Civil Veterinary Dept. North-West Frontier Province 1923-32 - 1923-1932
Year: 1923
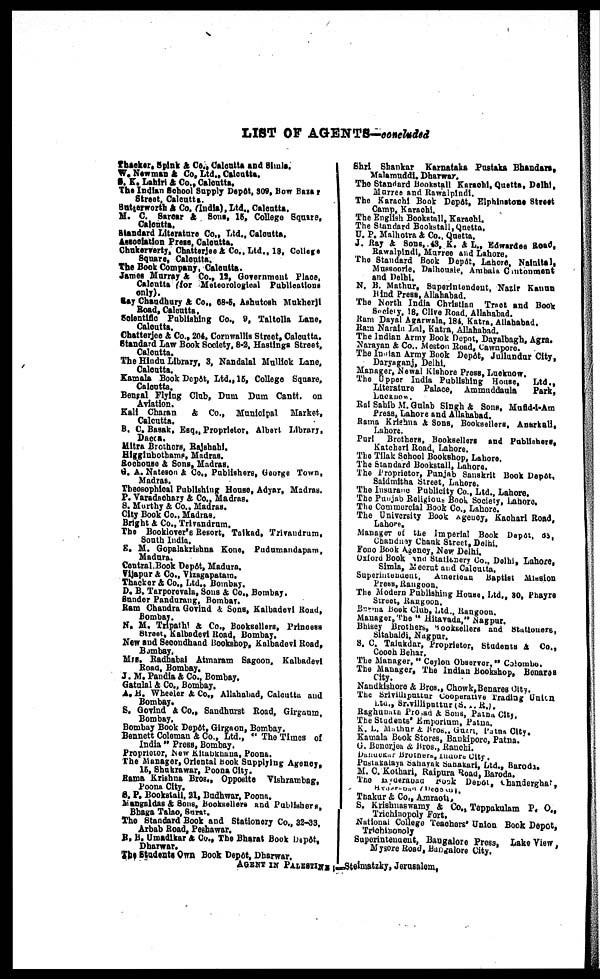
LIST OF AGENTS—concluded
Thacker, Spink & Co., Calcutta and Simla.
W. Newman & Co., Ltd., Calcutta.
S. K. Lahiri & Co., Calcutta.
The Indian School Supply Depôt, 309, Bow Barer
Street, Calcutta.
Sutterworth & Co. (India), Ltd., Calcutta.
M. C. Sarcar & Sons, 15, College Square,
Calcutta.
Standard Literature Co., Ltd., Calcutta.
Association Press, Calcutta.
Chakerverty, Chatterjee & Co., Ltd., 18, College
Square, Calcutta.
The Book Company, Calcutta.
James Murray & Co., 12, Government Place.
Calcutta (for Meteorological Publications
only).
Ray Chaudhary & Co., 68-5, Ashutosh Mukherji
Road, Calcutta.
Seientific Publishing Co., 9, Taitolla Lane,
Calcutta.
Chatterjee & Co., 204, Cornwallis Street, Calcutta.
Standard Law Book Society, 8-2, Hostings Street,
Calcutta.
The Hindu Library, 3, Nandalal Mullick Lane,
Calcutta.
Kamala Book Depôt, Ltd., 15, College Square,
Calcutta.
Bengal Flying Club, Dum Dum Cantt. on
Aviation.
Kali Charan & Co., Municipal Market,
Calcutta.
B. C. Basak. Esq., Proprietor. Albert Library.
Dacca.
Mitra Brothers, Rajshahi.
Higginbothams, Madras.
Rochouse & Sons, Madras.
G. A. Nateson & Co., Publishers, George Town,
Madras.
Theosophical Publishing House, Adyar, Madras.
P. Varadachary & Co., Madras.
S. Murthy & Co., Madras.
City Book Co., Madras.
Bright & Co., Trivandrum.
The Booklover's Resort, Taikad, Trivandrum,
South India.
E. M. Gopalakrishna Kone, Pudumandapam,
Madura.
Central Book Depôt, Madura.
Vijapur & Co., Vizagapatain.
Thacker & Co., Ltd., Bombay.
D. B. Tarporevala, Sons & Co., Bombay.
Sunder Pandurang, Bombay.
Ram Chandra Govind & Sons, Kalbadevi Road,
Bombay.
N. M. Tripathi & Co., Booksellers, Princess
Street, Kalbadevi Road, Bombay.
New and Secondhand Bookshop, Kalbadevi Road,
Bombay.
Mrs. Radhabai Atmaram Sagoon, Kolbadevi
Road, Bombay.
J. M. Pandia & Co., Bombay.
Gatulal & Co., Bombay.
A. H. Wheeler & Co., Allahabad, Calcutta and
Bombay.
S. Govind & Co., Sandhurst Road, Girgaum.
Bombay.
Bombay Book Depôt, Girgaon, Bombay.
Bennett Coleman & Co., Ltd., "The Times of
India " Press, Bombay.
Proprietor, New Bhabkhana, Poona.
The Manager, Oriental Book Supplying Agency,
15, Shukrawar, Poona City.
Rama Krishna Bros., Opposite Vishrambag,
Poona City.
S. P. Bookstall, 21, Budhwar, Poona.
Mangaldas & Sons, Booksellers and Publishers,
Bhaga Talao, Surat.
The Standard Book and Stationery Co., 32-33.
Arbab Road, Peshawar.
B. B. Umadikar & Co., The Bharat Book Depôt,
Dharwar.
The Students Own Book Depôt, Dharwar.
Shri Shankar Karnataka Pustaka Bhandars,
Malamuddi, Dharwar.
The Standard Bookstall Karachi, Quetta, Delhi,
Murree and Rawalpindi.
The Karachi Book Depôt, Elphinstone Street
Camp, Karachi.
The English Bookstall, Karachi.
The Standard Bookstall, Quetta.
U. P. Malhotra & Co., Quetta.
J. Ray & Sons, 43, K. & L., Edwardes Road,
Rawalpindi, Murree and Lahore.
The Standard Book Depôt, Lahore. Nainital.
Mussoorie, Dalhousie, Ambala Cantonment
and Delhi.
N. B. Mathur, Superintendent, Nazir Kanun
Hind Press, Allahabad.
The North India Christian Tract and Book
Society, 18, Clive Road, Allahabad.
Ram Dayal Agarwala, 184 Katra, Allahabad.
Ram Narain Lal, Katra, Allahabad.
The Indian Army Book Depot, Dayalbagh, Agra.
Narayan & Co., Meston Road, Cawnpore.
The Indian Army Book Depôt, Jullundar City,
Daryaganj, Delhi.
Manager, Newal Kishore Press, Lucknow.
The Upper India Publishing House,
Ltd.,
Literature Palace, Ammuddaula
Park,
Lucknow.
Rai Sahib M. Gulab Singh & Sons, Mufid-i-Am
Press, Lahore and Allahabad.
Rama Krishna & Sons, Booksellers, Anarkali,
Lahore.
Puri Brothers, Booksellers and Publishers,
Katchori Road, Lahore.
The Tilak School Bookshop, Lahore.
The Standard Bookstall, Lahore.
The Proprietor, Punjab Sanskrit Book Depôt,
Saidmitha Street, Lahore.
The Insurane Publicity Co., Ltd., Lahore.
The Punjab Religious Book Society, Lahore.
The Commercial Book Co., Lahore.
The University Book Agency, Kachari Road,
Lahore.
Manager of the Imperial Book Depôt, 63,
Chandney Chauk Street, Delhi.
Fono Book Agency, New Delhi.
Oxford Book and Stationery Co., Delhi, Lahore,
Simla, Meerut and Culcutta.
Superintendent, American Baptist Mission
Press, Rangoon.
The Modern Publishing House, Ltd., 30, Phayre
Street, Rangoon.
Burma Book Club, Ltd., Rangoon.
Manager, The " Hitavada," Nagpur.
Bhisey Brothers, Booksellers and Stationers,
Sitabaldi, Nagpur.
S. C. Talukdar, Proprietor, Students & Co.,
Cooch Behar.
The Manager, " Ceylon Observer," Colombo.
The Manager, The Indian Bookshop, Bonares
City.
Nandkishore & Bros., Chowk, Benares City.
The Srivilliputtur cooperative trading Union.
Ltd., Srivilliputtur (S. R.).
Raghudada Pr ad & Sons, Patna City.
The Students' Emporium, Patna,
K. L. Mathur & Bros., Guzri, Patna City.
Kamala Book Stores, Bankipore, Patna.
G. Benerjee & Bros., Ranchi.
Brothers Indore City.
Pustakalaya Sahayak Sanakuri Ltd., Baroda.
M. C. Kothari, Raipura Road, Baroda.
The Book Depot, Chanderghat,
Thakur & Co., Amraoti.
S. Krishnaswamy & Co., Teppakulam P. O.,
Trichianopoly Fort.
National College Teachers' Union Book Depot,
Trichinopoly
Superintendent, Bangalore Press, Lake View,
Mysore Road, Bangalore City.
AGENT IN PALESTINE :—Steimatzky, Jerusalem.